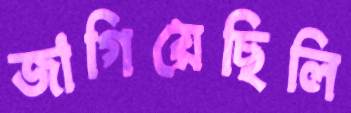
জাগিয়েছিলি